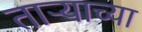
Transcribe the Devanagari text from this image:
ताऱ्‍याच्या